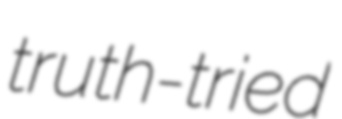
truth-tried